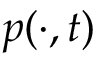
p ( \cdot , t )